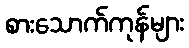
စားသောက်ကုန်များ